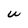
Character: W